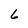
Character: 6